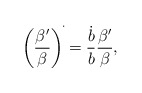
\begin{align*}\left(\frac{\beta '}{\beta}\right)^{\dot{}}=\frac{\dot{b}}{b}\frac{\beta'}{\beta},\end{align*}